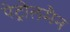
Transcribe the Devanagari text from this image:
पेट्रोलमैन